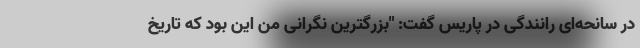
در سانحه‌ای رانندگی در پاریس گفت: "بزرگترین نگرانی من این بود که تاریخ